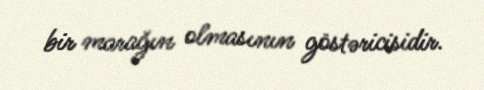
bir marağın olmasının göstəricisidir.